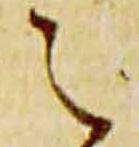
之